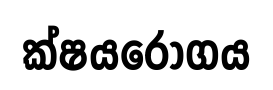
ක්ෂයරොගය